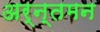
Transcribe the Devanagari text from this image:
अर्न्‍तमन